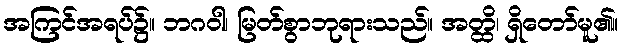
အကြင်အရပ်၌။ ဘဂဝါ၊ မြတ်စွာဘုရားသည်။ အတ္ထိ၊ ရှိတော်မူ၏။